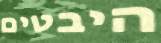
היבטים